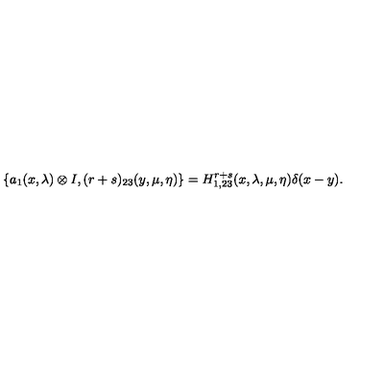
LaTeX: \{ a _ { 1 } ( x , \lambda ) \otimes I , ( r + s ) _ { 2 3 } ( y , \mu , \eta ) \} = H _ { 1 , 2 3 } ^ { r + s } ( x , \lambda , \mu , \eta ) \delta ( x - y ) .